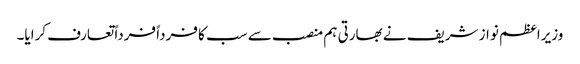
وزیراعظم نواز شریف نے بھارتی ہم منصب سے سب کا فرداً فرداً تعارف کرایا۔